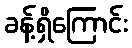
ခန့်ရှိကြောင်း